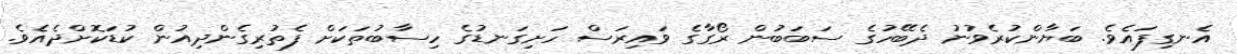
އެނގިފައެވެ. ބަޔާންކުރެވުނު ދެބޭހުގެ ސަބަބުން ރޯގާގެ ވައިރަސް ހަށިގަނޑުގެ ހިސާބުތަކަށް ފެތުރިގެންދިއުން ކުޑަކޮށްދެއެވެ.